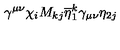
\gamma ^ { \mu \nu } \chi _ { i } M _ { k j } \overline { { \eta } } _ { 1 } ^ { k } \gamma _ { \mu \nu } \eta _ { 2 j }